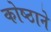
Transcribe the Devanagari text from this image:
कोष्ठाने